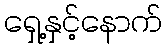
ရှေ့နှင့်နောက်